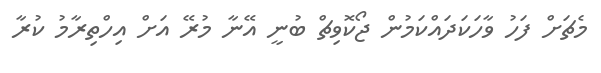
މެޗަށް ފަހު ވާހަކަދައްކަމުން ޖޯކޮވިޗް ބުނީ އޭނާ މުރޭ އަށް އިހްތިރާމު ކުރާ